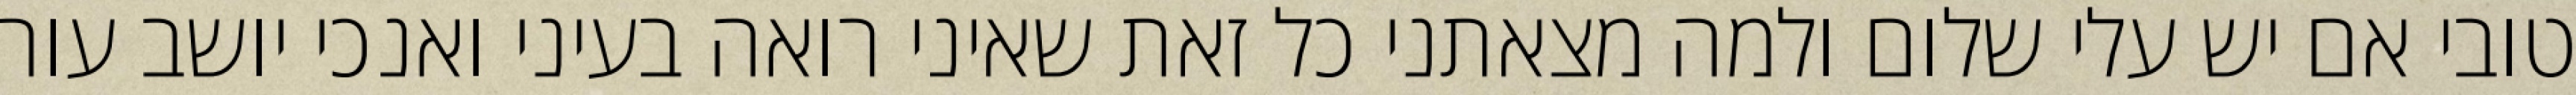
טובי אם יש עלי שלום ולמה מצאתני כל זאת שאיני רואה בעיני ואנכי יושב עור